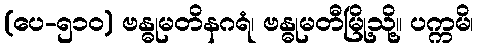
(ပေ-၅၁၀) ဗန္ဓုမတိနဂရံ၊ ဗန္ဓုမတီမြို့သို့။ ပက္ကမိ၊